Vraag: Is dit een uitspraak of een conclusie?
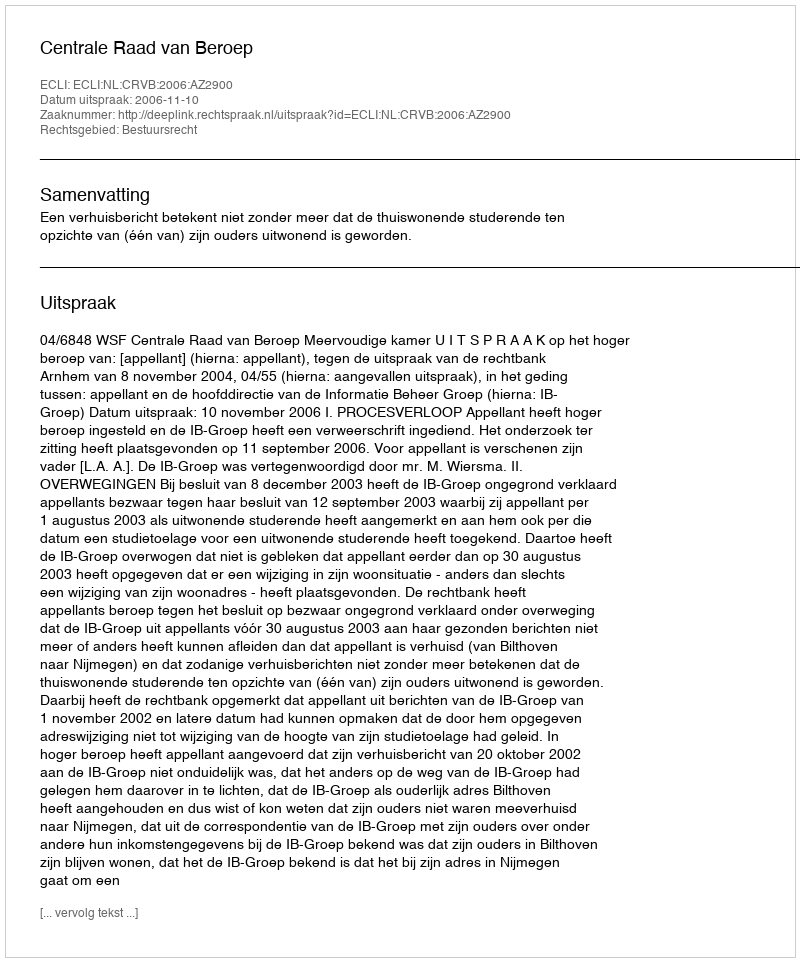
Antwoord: Uitspraak